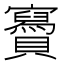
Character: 𧸹